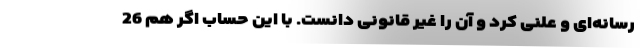
رسانه‌ای و علنی کرد و آن را غیر قانونی دانست. با این حساب اگر هم 26